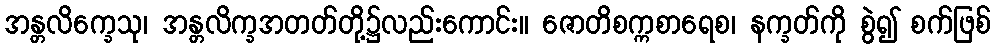
အန္တလိက္ခေသု၊ အန္တလိက္ခအတတ်တို့၌လည်းကောင်း။ ဇောတိစက္ကစာရေစ၊ နက္ခတ်ကို စွဲ၍ စက်ဖြစ်